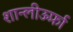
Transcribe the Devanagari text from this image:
शान्लीऊर्फ़ा